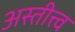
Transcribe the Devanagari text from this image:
अस्तीत्त्व